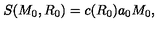
S ( M _ { 0 } , R _ { 0 } ) = c ( R _ { 0 } ) a _ { 0 } M _ { 0 } ,